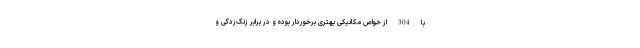
با 304 از خواص مکانیکی بهتری برخوردار بوده و در برابر زنگ‌‌زدگی و